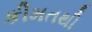
કીમતથી